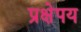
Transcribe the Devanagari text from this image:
प्रक्षेपय